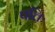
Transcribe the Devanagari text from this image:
पत्तिः